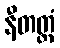
နီတတ္ထံ